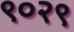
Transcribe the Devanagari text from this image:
९०२९